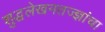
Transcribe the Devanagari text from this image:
शुद्धलेखनतज्‍ज्ञांचा